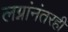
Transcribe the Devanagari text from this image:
लग्नांनंतरही